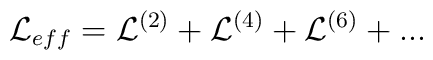
{\cal L}_{eff}= {\cal L}^{(2)}+ {\cal L}^{(4)}+ {\cal L}^{(6)} + ...